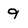
Character: 9